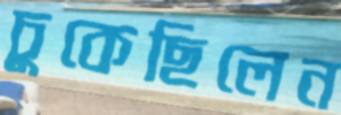
চুকেছিলেন